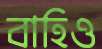
বাহিও